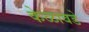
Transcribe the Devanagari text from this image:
केळावडे